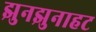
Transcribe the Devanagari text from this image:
झुनझुनाहट